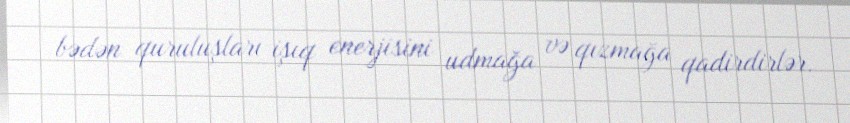
bədən quruluşları işıq enerjisini udmağa və qızmağa qadirdirlər.